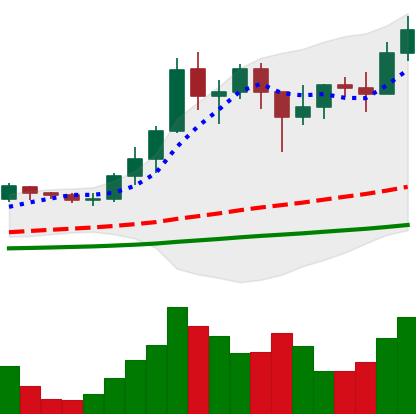
Ticker: ADA-USD
Chart end date: 2021-01-17
Forward return: -7.97%
Label: down_7plus